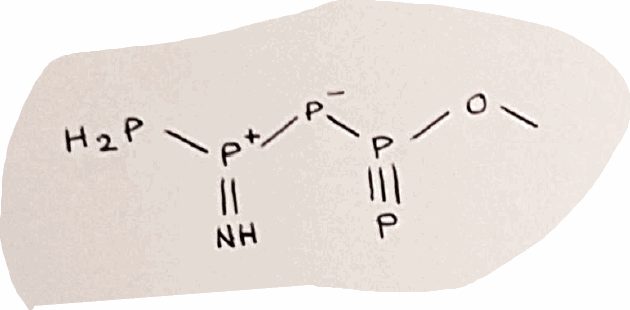
Simplified molecular-input line-entry system (SMILES) notation of the given molecule:
COP(#P)[P-][P+](=N)P